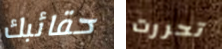
حقائبك تحررت